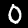
Label: 0